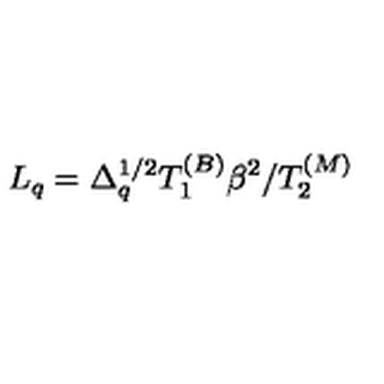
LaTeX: L _ { q } = \Delta _ { q } ^ { 1 / 2 } T _ { 1 } ^ { ( B ) } \beta ^ { 2 } / T _ { 2 } ^ { ( M ) }